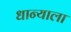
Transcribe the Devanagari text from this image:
धान्याला